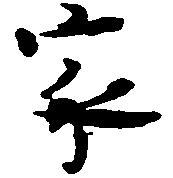
家